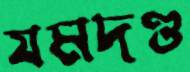
যমদণ্ড